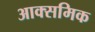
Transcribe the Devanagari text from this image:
आक्समिक